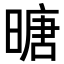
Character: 𪰼